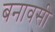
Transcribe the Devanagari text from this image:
बनावसी